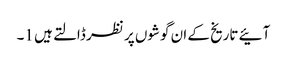
آئیے تاریخ کے ان گوشوں پر نظر ڈالتے ہیں 1۔